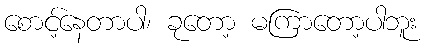
စောင့်နေတာပါ၊ ခုတော့ မကြာတော့ပါဘူး